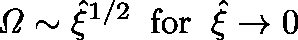
\mathit { \Omega } \sim \hat { \xi } ^ { 1 / 2 } \; \; \mathrm { f o r } \; \; \hat { \xi } \rightarrow 0